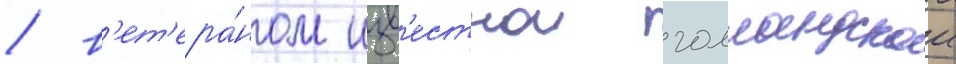
/ в'ет'ера́ном изв'естнои голландскои